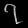
Digit: ၇